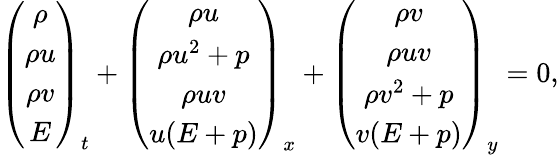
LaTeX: \left(\begin{array}{c}{\rho}\\ {\rho u}\\ {\rho v}\\ {E}\end{array}\right)_{t}+\left(\begin{array}{c}{\rho u}\\ {\rho u^{2}+p}\\ {\rho uv}\\ {u(E+p)}\end{array}\right)_{x}+\left(\begin{array}{c}{\rho v}\\ {\rho uv}\\ {\rho v^{2}+p}\\ {v(E+p)}\end{array}\right)_{y}=0,